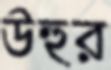
উহুর